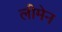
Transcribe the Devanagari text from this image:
लीमेन